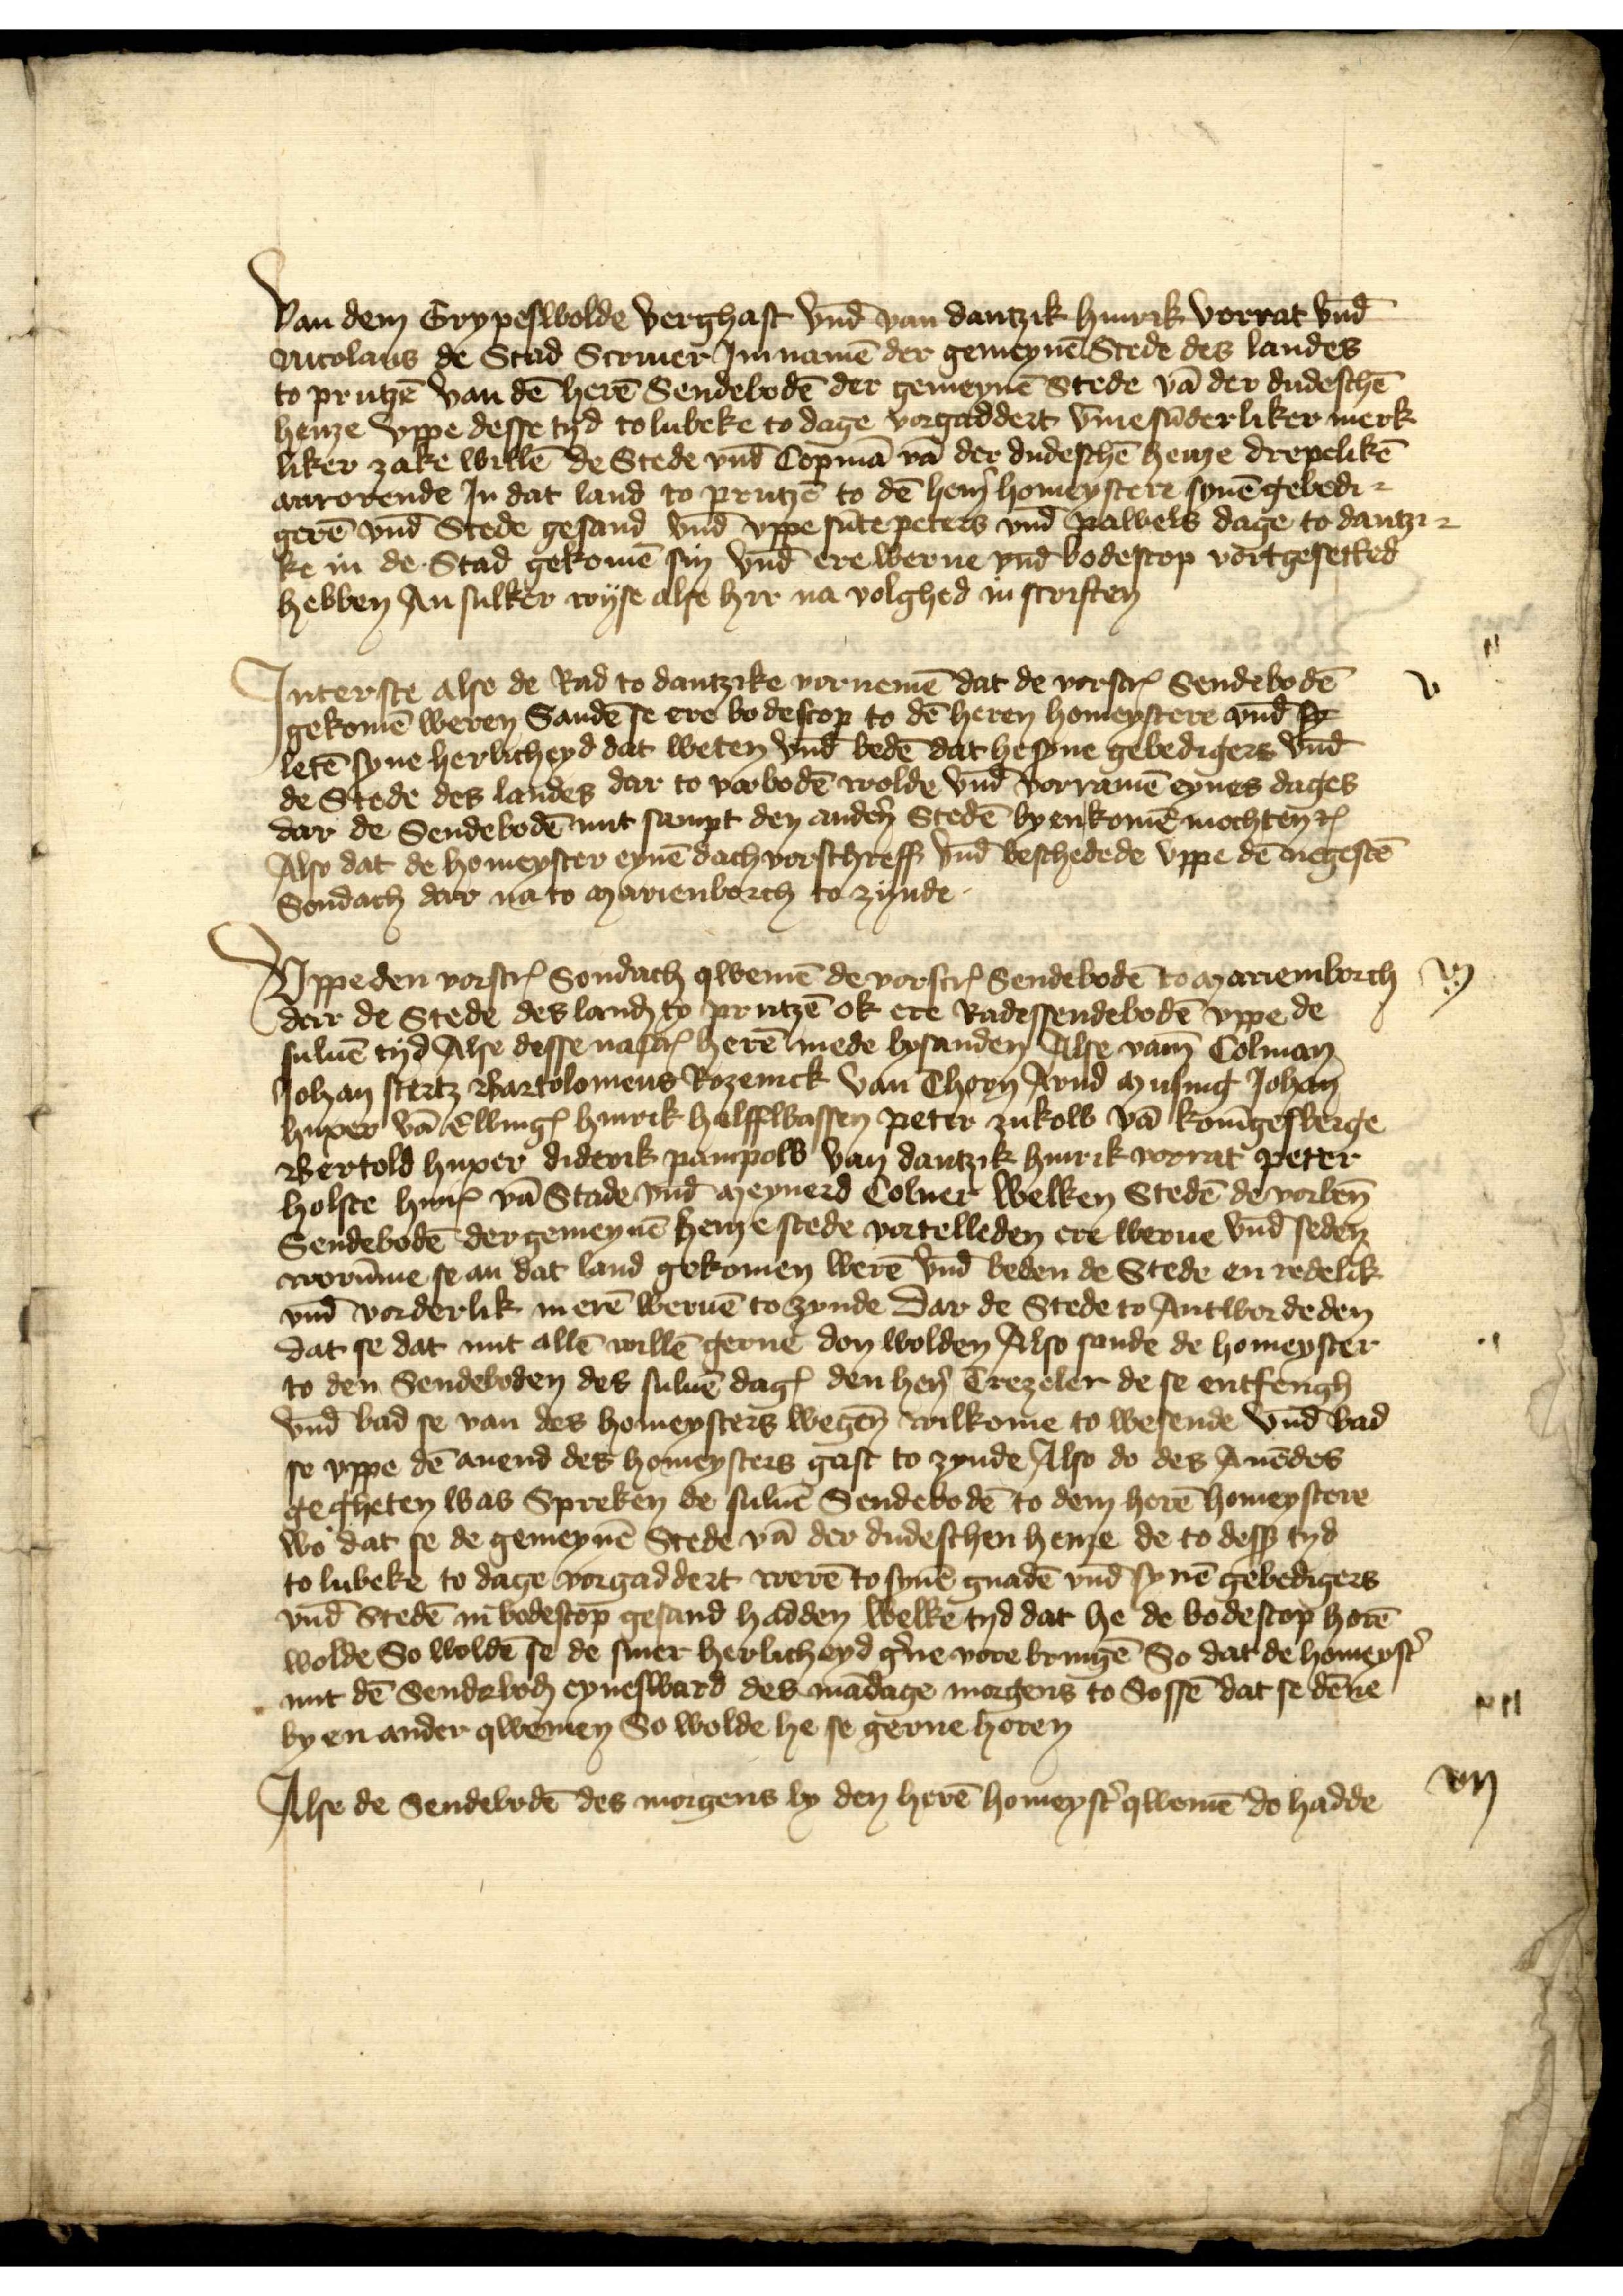
Van dem Grypeswolde Verghast vnd̄ van Dantzik Hinrik Vorrat vnd̄
Nicolaus de Stad Scruier Im namē der gemeynē Stede des landes
to Prutzē van dē herē Sendebodē der gemeynē Stede vā der dudeschē
henze vppe desse tyd to Lubeke to dage vorgaddert v̄me sūderliker merk¬
liker zake willē de Stede vnd̄ Copmā vā der dudeschē henze drepelikē
anrorende Jn dat land to Prutzē to dē her̉n Homeystere synē gebedi¬
gerē vnd̄ Stede gesand vnd̄ vppe sūte Peters vnd̄ Pawels dage to Dantzi¬
ke in de Stad gekomē sin vnd̄ ere werue vnd̄ bodescop vortgesetted
hebben An sulker wyse alse hir na volghed in scriften

Jnt erste alse de Rad to Dantzike vornemē dat de vorscrꝬ Sendebodē
gekomē weren Sandē se ere bodescop to dē heren homeystere vnd̄ Ry
letē syne herlicheyd dat weten vnd̄ bedē dat he syne gebedigers vnd̄
de Stede des landes dar to vorbodē wolde vnd̄ vorramē eynes dages
dar de Sendebodē mit sampt den andẻn Stedē byenkomē mochten etꝬ
Also dat de homeyster eynē dach vorschreff vnd̄ beschedede vppe dē negestē
Sondach dar na to Marienborch to zynde

v

Vppe den vorscrꝬ Sondach qwemē de vorscrꝬ sendebodē to Mariemborch
dar de Stede des lanḑ to Prutzē ok ere Radessendebodē vppe de
suluē tyd Alse desse nascrꝬ herē mede besanden Alse vam̄ Colman
Johan Stertz Bartolomeus Rozenick van Thorn Arnd Musing Johan
Huxer vā ElbingꝬ Hinrik Halffwassen Peter Zukow vā Konīgesberge
Bertold Huxer Diderik Pampow van Dantzik Hinrik Vorrat Peter
Holste HinrꝬ vā Stade vnd̄ Meynerd Colner welken Stedē de vorben̄
Sendebodē der gemeynē henze stede vortelleden ere werue vnd̄ seden
worūme se an dat land gekomen werē vnd̄ beden de Stede en redelike
vnd̄ vorderlik in merē weruē to zynde dar de Stede to Antwordeden
dat se dat mit allē willē gerne don wolden Also sande de homeyster
to den Sendeboden des suluē dagꝬ den hẻn Trezeler de se entfengh
vnd̄ bad se van des homeysters wegen̄ wilkome to wesende vnd̄ bad
se vppe dē auend des homeysters gast to zynde alse do des Auēdes
gegheten was Spreken de suluē Sendebodē to dem herē homeystere
wo dat se de gemeynē Stede vā der dudeschen henze de to desß tyd
to Lubeke to dage vorgaddert werē to synē gnadē vnd̄ synē gebedigers
vnd̄ Stedē in bodescop gesand hadden welke tyd dat he de badescop horē
wolde So woldē se de siner herlicheyd g̉ne vorebringē So dat de homeyst̉
mit dē Sendeboḑ eynesward des mādage morgens to Sossē dat se dēne
by en ander qwemen So wolde he se gerne horen

Alse de Sendebodē des morgens by den herē homeyst̉ qwemē do hadde

vj

vij